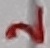
Text: 2